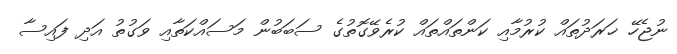
ނުޖެހޭ ޚަރަދުތައް ކުރުމާއި ކަންތައްތައް ކުރެވޭގޮތުގެ ސަބަބުން މަސައްކަތާއި ވަގުތު އަދި ފައިސާ